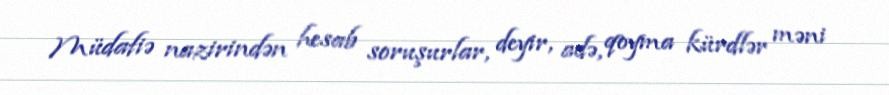
Müdafiə nazirindən hesab soruşurlar, deyir, adə, qoyma kürdlər məni